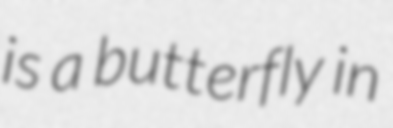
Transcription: is a butterfly in